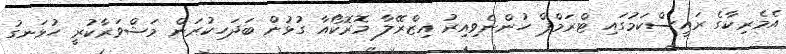
އެމެރިކާގެ ރައީސްކަމުގައި ޓްރަމްޕް ހުންނެވިއިރު އިޒްރޭލާ މޮރޮކޯއާ ގުޅުން ބަދަހިކުރަން މަޝްވަރާކުރީ ހުޅަނގު